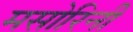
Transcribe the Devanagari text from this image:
मसोरिनी